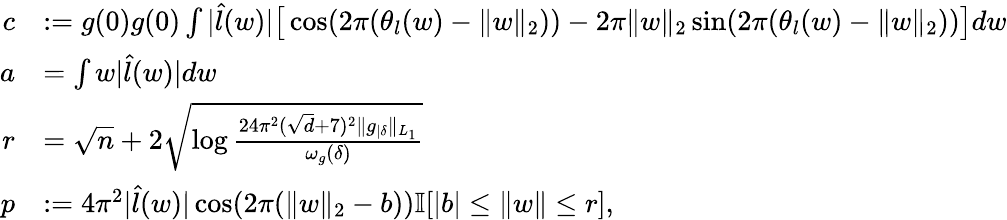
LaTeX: \begin{array}{rl}{c}&{:=g(0)g(0)\int|\widehat{l}(w)|\big[\cos(2\pi(\theta_{l}(w)-\| w\| _{2}))-2\pi\| w\| _{2}\sin(2\pi(\theta_{l}(w)-\| w\| _{2}))\big]dw}\\ {a}&{=\int w|\widehat{l}(w)|dw}\\ {r}&{=\sqrt{n}+2\sqrt{\log\frac{24\pi^{2}(\sqrt{d}+7)^{2}\| g_{|\delta}\| _{L_{1}}}{\omega_{g}(\delta)}}}\\ {p}&{:=4\pi^{2}|\widehat{l}(w)|\cos(2\pi(\| w\| _{2}-b))\mathbb{I}[|b|\leq\| w\| \leq r],}\end{array}